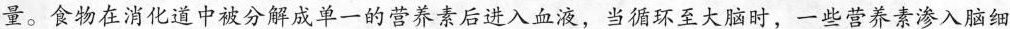
量。食物在消化中被分解成单一的营养素后进入血液，当循环至大脑时，一些营养素渗入脑细